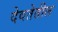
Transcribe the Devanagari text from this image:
देवतेतील